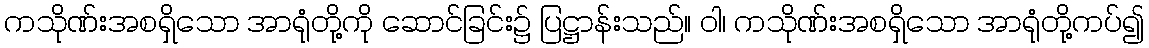
ကသိုဏ်းအစရှိသော အာရုံတို့ကို ဆောင်ခြင်း၌ ပြဋ္ဌာန်းသည်။ ဝါ၊ ကသိုဏ်းအစရှိသော အာရုံတို့ကပ်၍